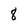
Character: 8